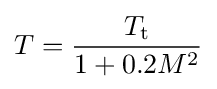
T={\frac {T_{\text{t}}}{1+0.2M^{2}}}